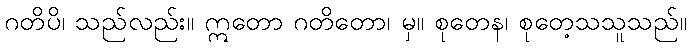
ဂတိပိ၊ သည်လည်း။ ဣတော ဂတိတော၊ မှ။ စုတေန၊ စုတေ့သသူသည်။